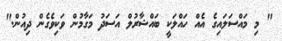
" މި މައްސަލައިގެ އެއް ހައްލަކީ ބައްޝާރުލް އަސަދު މަގާމުން ވަކިވެގެން ދިއުން."